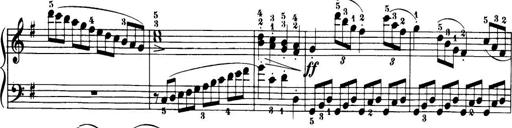
Title: 32 Sonatinas and Rondos for the Piano
Composer: Richard Kleinmichel